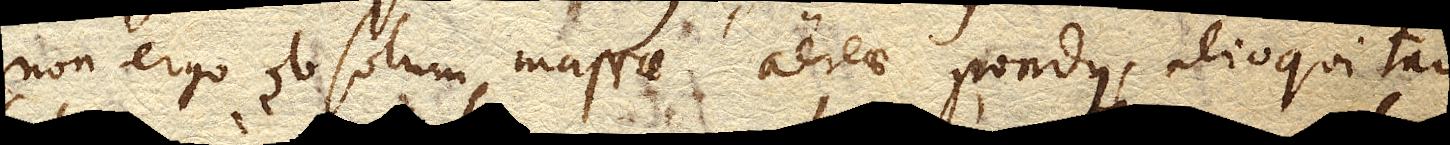
non ergo ob solum massae aereae pondus, alioqui tam